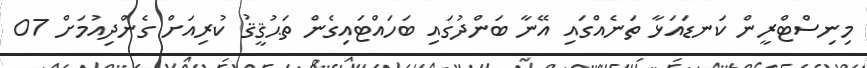
މިނިސްޓްރީން ކަނޑައަޅާ ތަނެއްގައި އޭނާ ބަންދުގައި ބަހައްޓައިގެން ތަޙުޤީޤު ކުރިއަށް ގެންދިއުމަށް 07